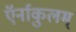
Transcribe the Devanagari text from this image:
ऍर्नाकुलम्